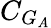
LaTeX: C_{G_{A}}